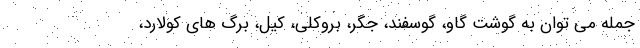
جمله می توان به گوشت گاو، گوسفند، جگر، بروکلی، کیل، برگ های کولارد،